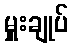
မှူးချုပ်